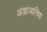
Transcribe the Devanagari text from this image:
अड़ाजानिया